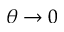
\theta \to 0